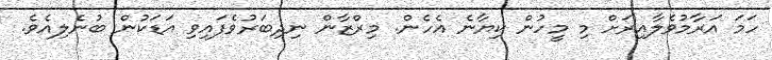
ހަމަ އަރާމުވެލާއިރަށް މި މީހުން ކިޔާނެ އެހެން. މިރްޒާން ނިދިބަރުވެފައިވި އަޑަކުން ބުނެލިއެވެ.